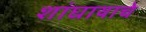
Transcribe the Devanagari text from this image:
शांघायाचे